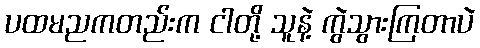
ပထမညကတည်းက ငါတို့ သူနဲ့ ကွဲသွားကြတာပဲ